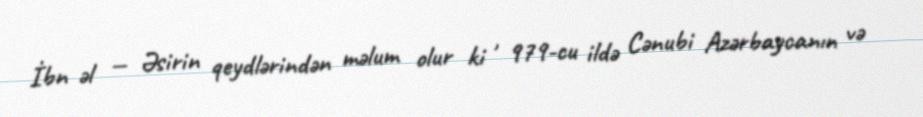
İbn əl — Əsirin qeydlərindən məlum olur ki , 979-cu ildə Cənubi Azərbaycanın və